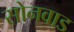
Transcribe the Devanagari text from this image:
सोनवाड